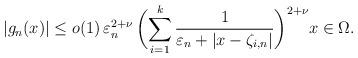
LaTeX: \begin{align*}\vert g_n(x)\vert\leq o(1)\,\varepsilon_n^{2+\nu}\,\biggl(\sum_{i=1}^k\frac{1}{\varepsilon_n+\vert x-\zeta_{i,n}\vert}\biggr)^{2+\nu}x\in \Omega.\end{align*}